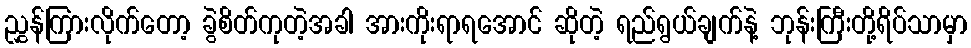
ညွှန်ကြားလိုက်တော့ ခွဲစိတ်ကုတဲ့အခါ အားကိုးရာရအောင် ဆိုတဲ့ ရည်ရွယ်ချက်နဲ့ ဘုန်းကြီးတို့ရိပ်သာမှာ